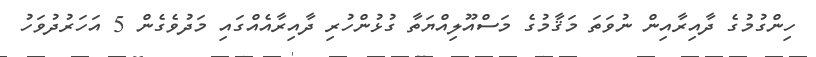
ހިންގުމުގެ ދާއިރާއިން ނުވަތަ މަޤާމުގެ މަސްއޫލިއްޔަތާ ގުޅުންހުރި ދާއިރާއެއްގައި މަދުވެގެން 5 އަހަރުދުވަހު